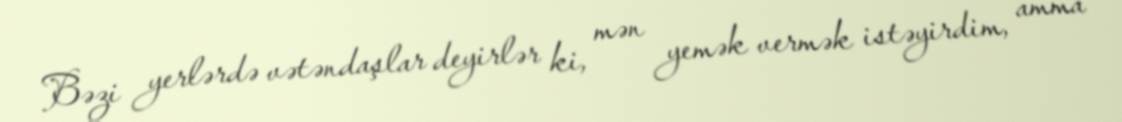
Bəzi yerlərdə vətəndaşlar deyirlər ki, mən yemək vermək istəyirdim, amma